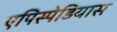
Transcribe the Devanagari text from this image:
एपिस्पेडियास